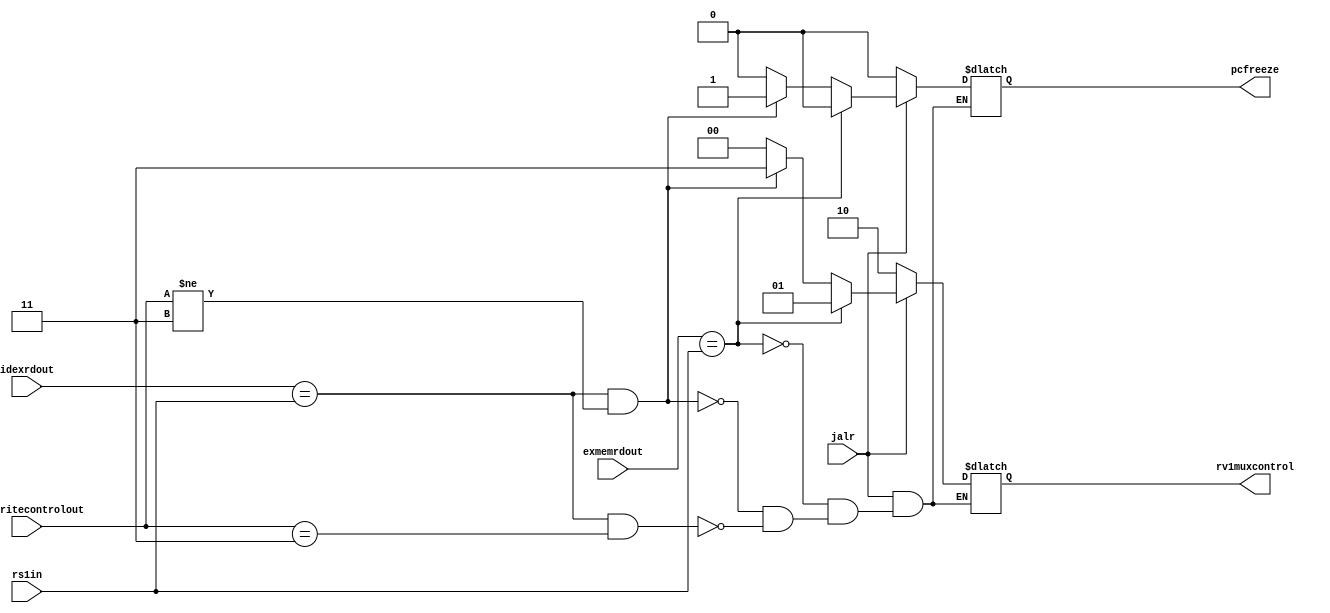
`timescale 1ns / 1ps
//////////////////////////////////////////////////////////////////////////////////
// Company: 
// Engineer: 
// 
// Design Name: 
// Module Name:    jalrhandler 
// Project Name: 
// Target Devices: 
// Tool versions: 
// Description: 
//
// Dependencies: 
//
// Revision: 
// Revision 0.01 - File Created
// Additional Comments: 
//
//////////////////////////////////////////////////////////////////////////////////
module jalrhandler(jalr,idexwritecontrolout,idexrdout,pcfreeze,rs1in,exmemrdout,rv1muxcontrol
    );
input wire jalr;
input wire [1:0] idexwritecontrolout;
input wire [4:0] idexrdout;
output reg pcfreeze;
input wire [4:0] rs1in;
input wire [4:0] exmemrdout;
output reg [1:0] rv1muxcontrol;

initial begin
pcfreeze<=0;
rv1muxcontrol<=2;
end

always@(*)begin
if (jalr==1)begin
if (idexrdout==rs1in && idexwritecontrolout ==3) begin
rv1muxcontrol<=0;
pcfreeze<=0;
end
if (idexrdout==rs1in && idexwritecontrolout !=3) begin
rv1muxcontrol<=3;
pcfreeze<=1;
end
if (exmemrdout==rs1in) begin
rv1muxcontrol<=1;
pcfreeze<=0;
end
end
else begin
rv1muxcontrol<=2;
pcfreeze<=0;
end

end 



endmodule